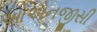
ઓએનજીસી